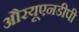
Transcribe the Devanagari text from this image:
औरयूएनडीपी